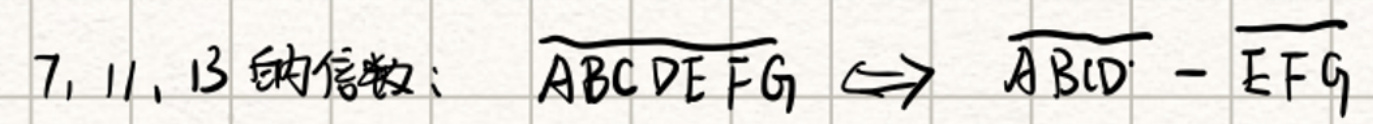
7, 11, 13的倍数：\(\widetilde{ABCDEFG} \Leftrightarrow \overline{ABCD}-\overline{EFG}\)